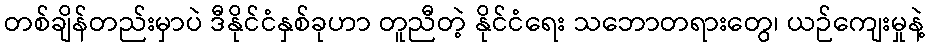
တစ်ချိန်တည်းမှာပဲ ဒီနိုင်ငံနှစ်ခုဟာ တူညီတဲ့ နိုင်ငံရေး သဘောတရားတွေ၊ ယဉ်ကျေးမှုနဲ့